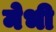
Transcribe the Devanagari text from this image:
मेभी